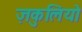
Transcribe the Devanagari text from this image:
ज़कुलियो